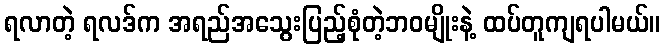
ရလာတဲ့ ရလဒ်က အရည်အသွေးပြည့်စုံတဲ့ဘဝမျိုးနဲ့ ထပ်တူကျရပါမယ်။